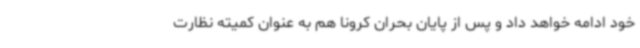
خود ادامه خواهد داد و پس از پایان بحران کرونا هم به عنوان کمیته نظارت